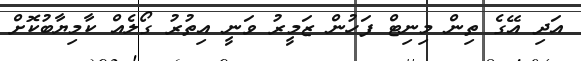
އަދި އޭގެ ތިން މިނިޓް ފަހުން ޒަމީރު ވަނީ އިތުރު ގޯލެއް ކާމިޔާބުކޮށް